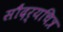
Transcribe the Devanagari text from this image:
सौंदर्यचित्र